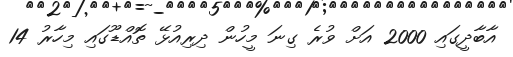
އާބާދީގައި 2000 އަށް ވުރެ ގިނަ މީހުން ދިރިއުޅޭ ތޮއްޑޫގައި މިހާރު 14